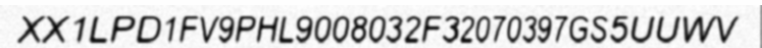
XX1LPD1FV9PHL9008032F32070397GS5UUWV